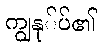
ကျွနု်ပ်၏